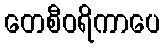
တေစီဝရိကာပေ